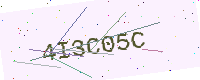
Text: 4I3C05C